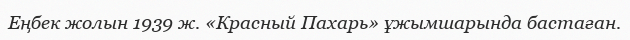
Еңбек жолын 1939 ж. «Красный Пахарь» ұжымшарында бастаған.